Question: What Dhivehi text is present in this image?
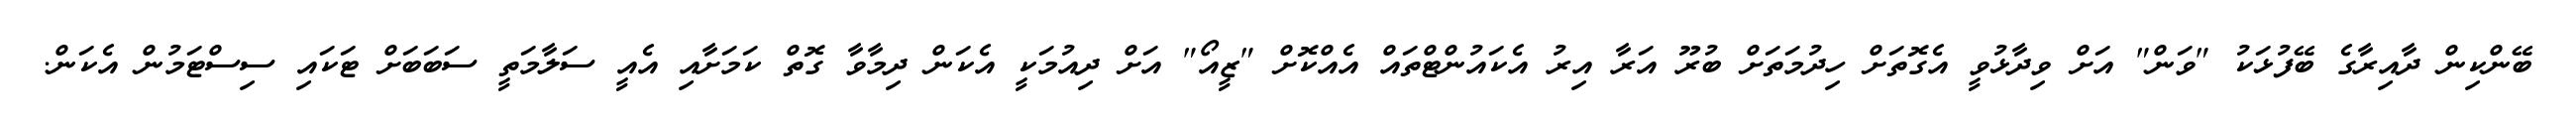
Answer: ބޭންކިން ދާއިރާގެ ބޭފުޅަކު "ވަން" އަށް ވިދާޅުވީ އެގޮތަށް ހިދުމަތަށް ބުރޫ އަރާ އިރު އެކައުންޓްތައް އެއްކޮށް "ޒީއޯ" އަށް ދިއުމަކީ އެކަން ދިމާވާ ގޮތް ކަމަށާއި އެއީ ސަލާމަތީ ސަބަބަށް ޓަކައި ސިސްޓަމުން އެކަން.